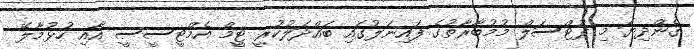
ގެންދިޔަ މި ފުޓްސަލް މުމުބާރާތުގެ ފައިނަލުގައި ބައްދަލުކުރީ ޓީމް އެމްޓީސީސީ އާއި ހުޅުމާލޭ